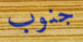
جنوب